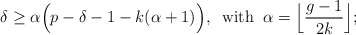
\begin{align*} \delta \geq \alpha\Big(p-\delta-1-k(\alpha+1)\Big), \; \; \mbox{with} \; \; \alpha= \Big\lfloor \frac{g-1}{2k}\Big\rfloor; \end{align*}